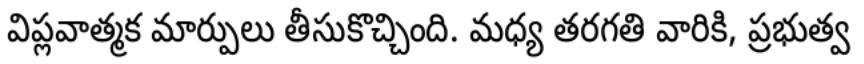
విప్లవాత్మక మార్పులు తీసుకొచ్చింది. మధ్య తరగతి వారికి, ప్రభుత్వ